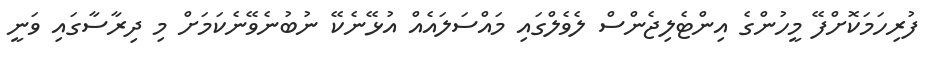
ފުރިހަމަކޮށްފޭ މީހުންގެ އިންޓެލިޖެންސް ލެވެލްގައި މައްސަލައެއް އުޅޭނެެކޭ ނުބުނެވޭނެކަމަށް މި ދިރާސާގައި ވަނީ